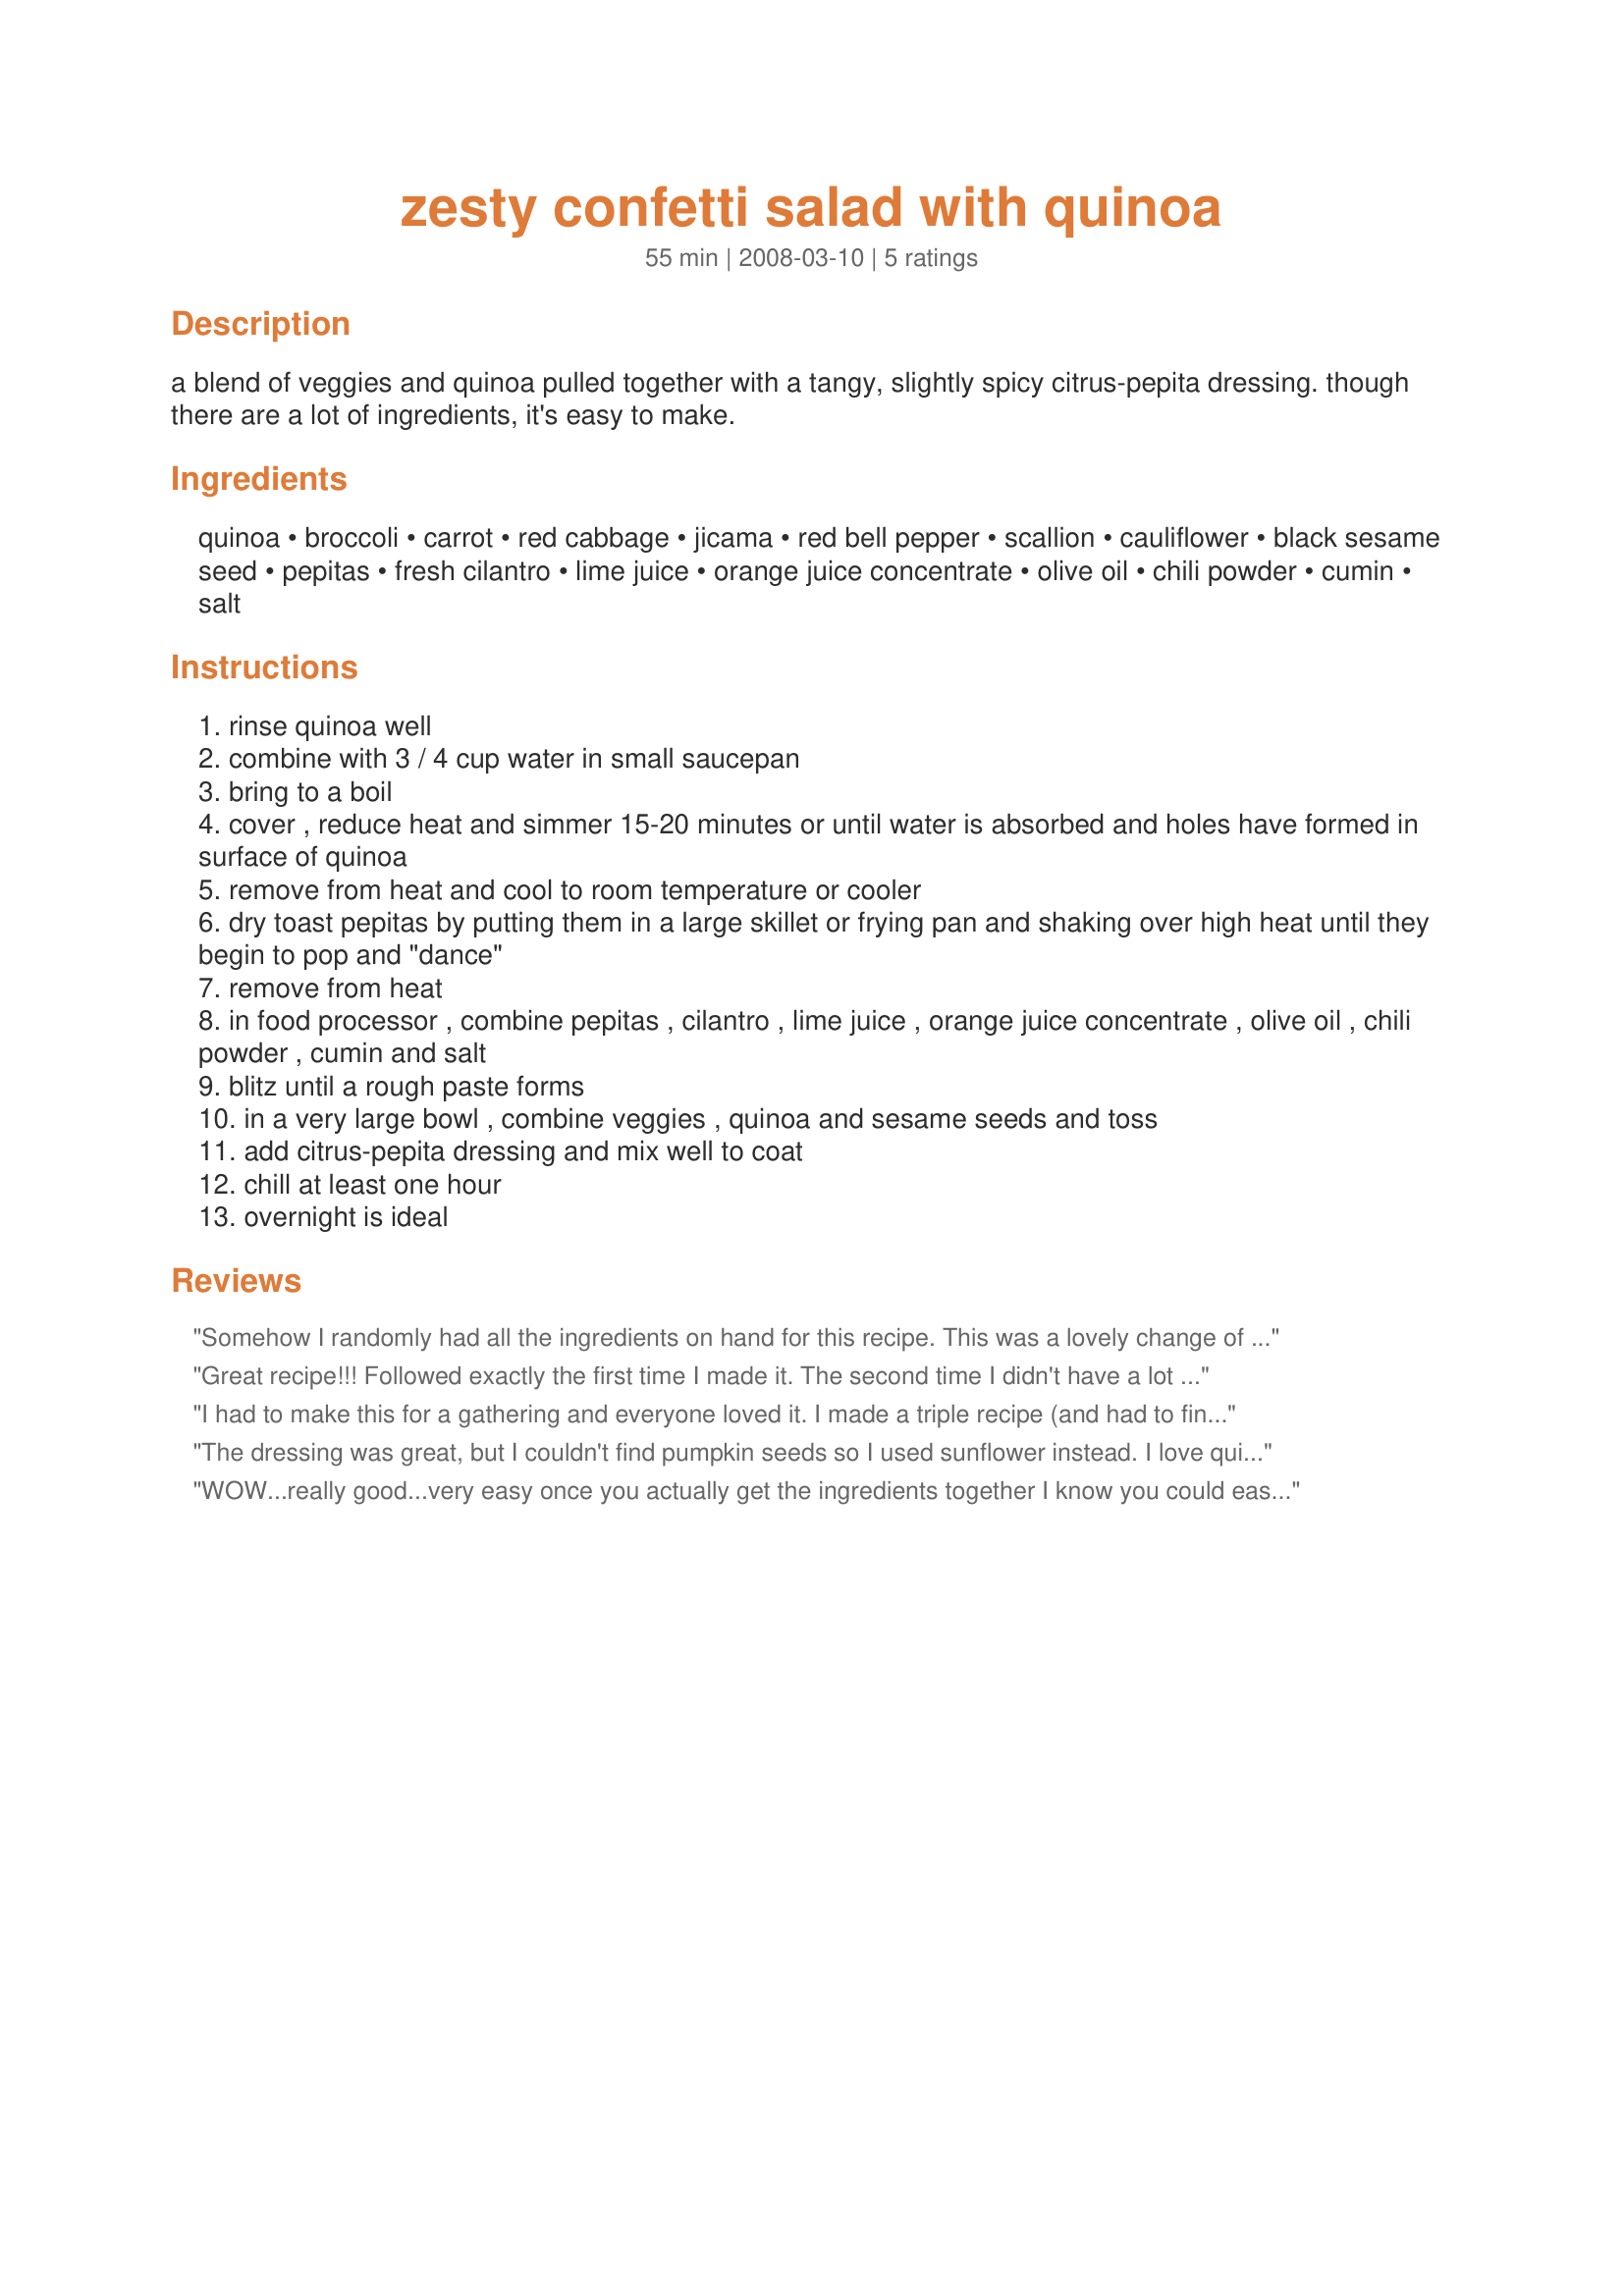
zesty confetti salad with quinoa
Preparation time: 55 minutes

a blend of veggies and quinoa pulled together with a tangy, slightly spicy citrus-pepita dressing. though there are a lot of ingredients, it's easy to make.

Ingredients:
quinoa, broccoli, carrot, red cabbage, jicama, red bell pepper, scallion, cauliflower, black sesame seed, pepitas, fresh cilantro, lime juice, orange juice concentrate, olive oil, chili powder, cumin, salt

Steps:
rinse quinoa well
combine with 3 / 4 cup water in small saucepan
bring to a boil
cover , reduce heat and simmer 15-20 minutes or until water is absorbed and holes have formed in surface of quinoa
remove from heat and cool to room temperature or cooler
dry toast pepitas by putting them in a large skillet or frying pan and shaking over high heat until they begin to pop and "dance"
remove from heat
in food processor , combine pepitas , cilantro , lime juice , orange juice concentrate , olive oil , chili powder , cumin and salt
blitz until a rough paste forms
in a very large bowl , combine veggies , quinoa and sesame seeds and toss
add citrus-pepita dressing and mix well to coat
chill at least one hour
overnight is ideal

Reviews:
Somehow I randomly had all the ingredients on hand for this recipe. This was a lovely change of pace from the normal dinner salad and would be great for a potluck or picnic. I didn't think the sauce would be enough but it was plenty & it really clung to all the veggies which was critical. Great recipe - thanks MN_Spicehunter!!!
Great recipe!!! Followed exactly the first time I made it. The second time I didn't have a lot of the ingredients, but I did have what I needed for the dressing, and then used peas, corn, carrot, and really missed the peppers I didn't have. It was still very good!! So a very versatile salad! Thanks for posting, we will enjoy it for years to come.
I had to make this for a gathering and everyone loved it. I made a triple recipe (and had to find a big aluminum roasting pan to mix it in!). I didn't triple the cilantro and it seemed to be okay. I cut the broccoli & cauliflower into small florets instead of chopping. No time for the jicama so that got left out. The dressing was more liquidy than a paste but was okay on the salad. I did find the cumin to be overpowering so next time I will go lighter on that.
The dressing was great, but I couldn't find pumpkin seeds so I used sunflower instead. I love quinoa and this was another great way to serve it.
WOW...really good...very easy once you actually get the ingredients together I know you could easily make subs and leave some out... more of this and less of that type of thing, but I had it in my head to do it just right at least once :)...I had a hard time having everything in the house all at the same time because I store a lot of greens to do juicing and green smoothies daily and have to use a cooler because no room in the fridge...when it came down to making it I forgot the scallions of all things {{lol}} so used red onion {{OH WELL}}..I also added some hot pepper to give it extra ZEST and because I have a garden full of them and they are going into EVERYTHANG!!! Great salad, really different and special...(little bit $$$ to make 'cause of all the stuff BUT worth it as a treat!!!) Hey I LOVE That sauce that will be a new go-to idea for a lot of future dishes for a dressing...- made for "I Recommend TAG" and I also recommend it- thanks MN_SpiceHunter :) Great recipe!!!!
